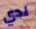
لدي